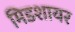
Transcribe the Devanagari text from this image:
मिडशायर